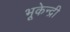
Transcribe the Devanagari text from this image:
भूकेन्द्री